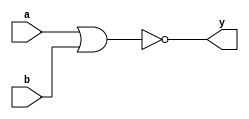
module nor_behave(y,a,b);
input a,b;
output reg y;

always@(a,b)
begin 
 y=~(a|b);
end

 endmodule